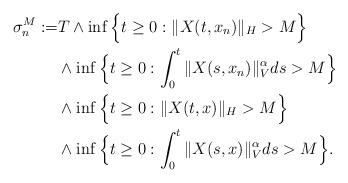
LaTeX: \begin{align*}\sigma_{n}^M := & T\wedge \inf\Big\{t\geq 0: \Vert X(t, x_n)\Vert_H> M \Big\} \\ & \wedge\inf\Big\{t\geq 0: \int_0^t\Vert X(s, x_n)\Vert_{V}^{\alpha}ds >M\Big\} \\ & \wedge \inf\Big\{t\geq 0: \Vert X(t, x)\Vert_H> M \Big\} \\ & \wedge\inf\Big\{t\geq 0: \int_0^t\Vert X(s, x)\Vert_{V}^{\alpha}ds >M\Big\} .\end{align*}